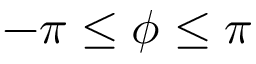
- \pi \leq \phi \leq \pi